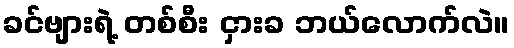
ခင်ဗျားရဲ့ တစ်စီး ငှားခ ဘယ်လောက်လဲ။